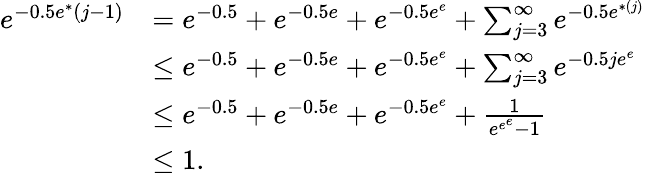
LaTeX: \begin{array}{rl}{e^{-0.5e^{*}(j-1)}}&{={e^{-0.5}}+{e^{-0.5e}}+{e^{-0.5e^{e}}}+\sum_{j=3}^{\infty}e^{-0.5{e^{*(j)}}}}\\ &{\leq{e^{-0.5}}+{e^{-0.5e}}+{e^{-0.5e^{e}}}+\sum_{j=3}^{\infty}e^{-0.5{je^{e}}}}\\ &{\leq{e^{-0.5}}+{e^{-0.5e}}+{e^{-0.5e^{e}}}+\frac 1{e^{e^{e}}-1}}\\ &{\leq 1.}\end{array}